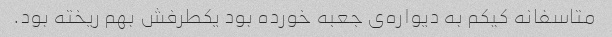
متاسفانه کیکم به دیواره‌ی جعبه خورده بود یکطرفش بهم ریخته بود.